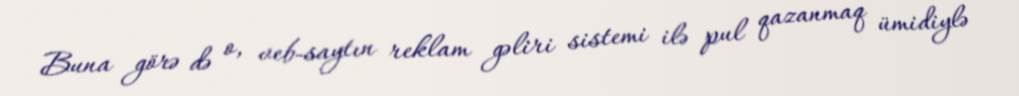
Buna görə də o, veb-saytın reklam gəliri sistemi ilə pul qazanmaq ümidiylə